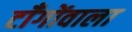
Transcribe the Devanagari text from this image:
टाँगोंवाला